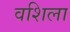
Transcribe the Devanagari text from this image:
वशिला